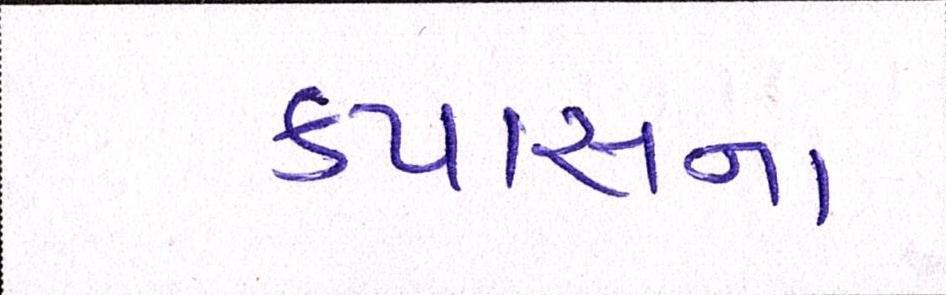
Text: કપાસના